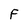
Character: F